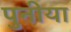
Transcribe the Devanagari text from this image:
पुनीया